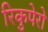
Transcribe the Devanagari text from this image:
रिकुपेरो